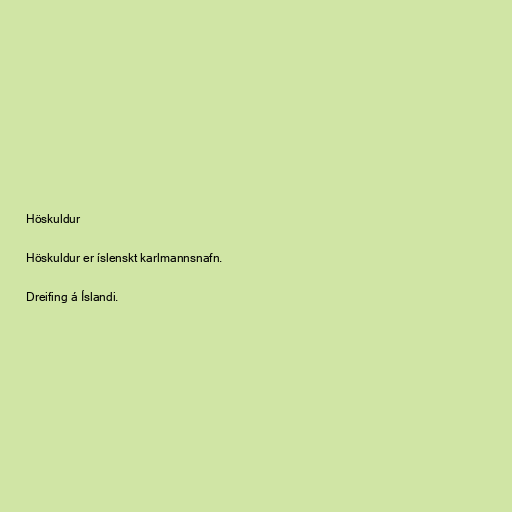
Höskuldur

Höskuldur er íslenskt karlmannsnafn.

Dreifing á Íslandi.